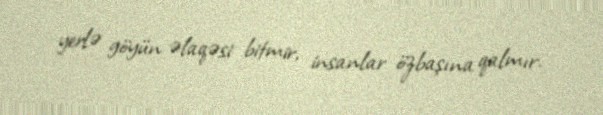
yerlə göyün əlaqəsi bitmir, insanlar özbaşına qalmır.